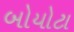
બોયોટા